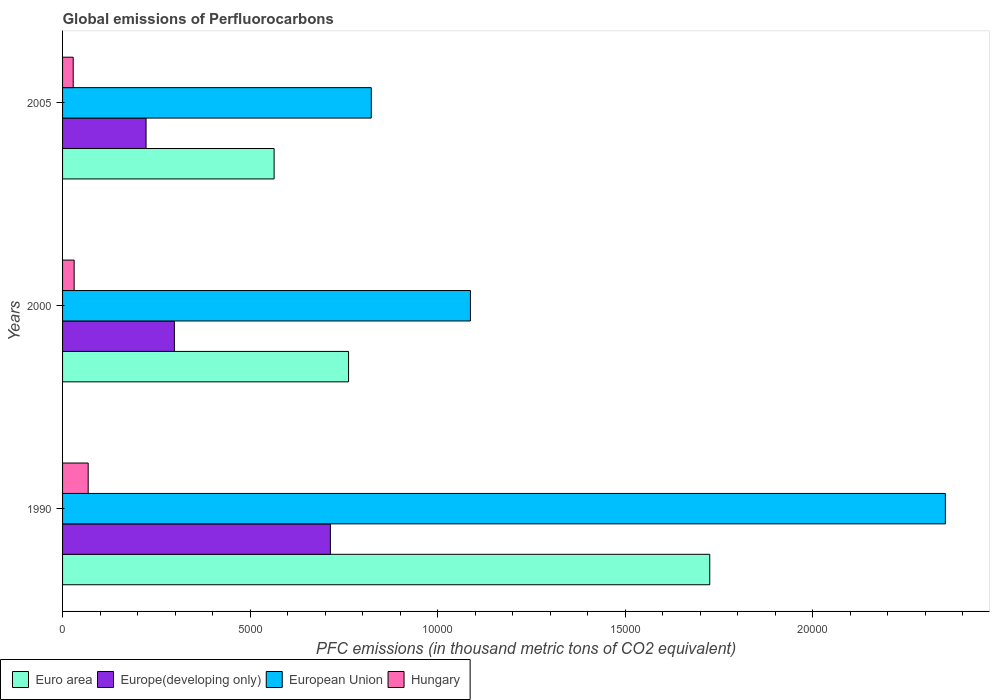
| Years | Euro area | Europe(developing only) | European Union | Hungary |
 | --- | --- | --- | --- | --- |
 | 1990 | 1.73e+04 | 7.14e+03 | 2.35e+04 | 683 |
 | 2000 | 7.62e+03 | 2.98e+03 | 1.09e+04 | 308 |
 | 2005 | 5.64e+03 | 2.23e+03 | 8.23e+03 | 284 |